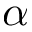
\alpha